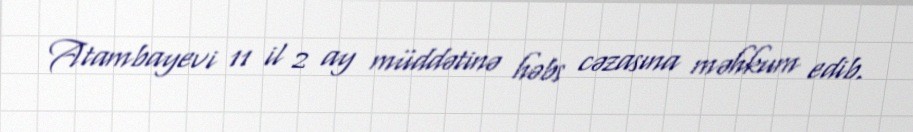
Atambayevi 11 il 2 ay müddətinə həbs cəzasına məhkum edib.